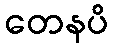
တေနပိ